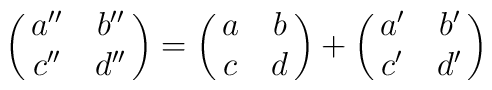
\pmatrix{a''&b''\cr c''&d''}=\pmatrix{a&b\cr c&d}+\pmatrix{a'&b'\cr c'&d'}